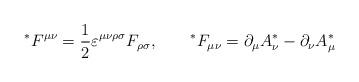
LaTeX: \begin{align*}{}^*F^{\mu\nu}=\frac 12 \varepsilon^{\mu\nu\rho\sigma}F_{\rho\sigma}, \qquad {}^*F_{\mu\nu}=\partial_\mu A^*_\nu -\partial_\nu A^*_\mu\end{align*}